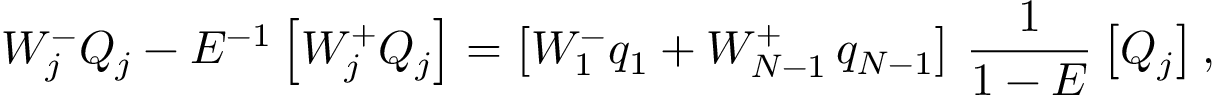
W _ { j } ^ { - } Q _ { j } - E ^ { - 1 } \left[ W _ { j } ^ { + } Q _ { j } \right] = \left[ W _ { 1 } ^ { - } q _ { 1 } + W _ { N - 1 } ^ { + } \thinspace q _ { N - 1 } \right] \thinspace \frac { 1 } { 1 - E } \left[ Q _ { j } \right] ,